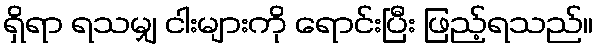
ရှိရာ ရသမျှ ငါးများကို ရောင်းပြီး ဖြည့်ရသည်။